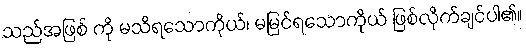
သည်အဖြစ် ကို မသိရသောကိုယ်၊ မမြင်ရသောကိုယ် ဖြစ်လိုက်ချင်ပါ၏။